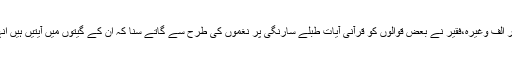
الف زبر بن جاتا ہے زبر الف وغیرہ،فقیر نے بعض قوالوں کو قرآنی آیات طبلے سارنگی پر نغموں کی طرح سے گاتے سنا کہ ان کے گیتوں میں آیتیں ہیں انہیں باجوں پر گاتے ہیں۔